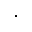
\cdot